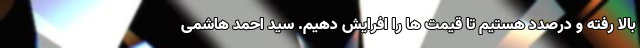
بالا رفته و درصدد هستیم تا قیمت ها را افرایش دهیم. سید احمد هاشمی